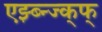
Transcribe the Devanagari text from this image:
एझ्ब्न्ज्क्फ्